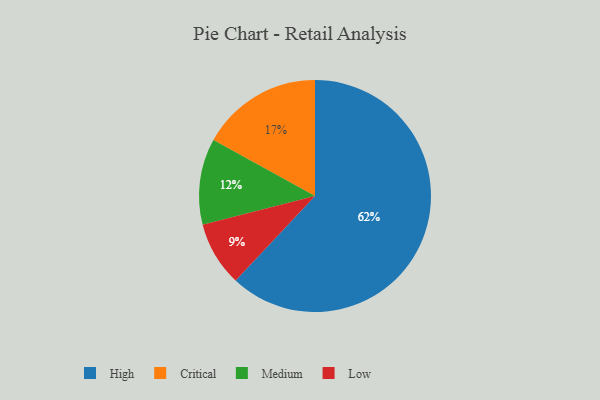
{"axis": {"x": "Category", "y": "Percentage"}, "legend": ["Critical", "High", "Low", "Medium"], "data": [{"x": "Low", "y": 9, "type": "Low"}, {"x": "Medium", "y": 12, "type": "Medium"}, {"x": "Critical", "y": 17, "type": "Critical"}, {"x": "High", "y": 62, "type": "High"}]}